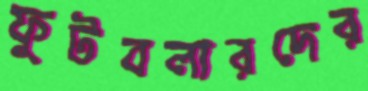
ফুটবলারদের